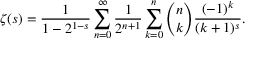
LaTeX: \zeta ( s ) = { \frac { 1 } { 1 - 2 ^ { 1 - s } } } \sum _ { n = 0 } ^ { \infty } { \frac { 1 } { 2 ^ { n + 1 } } } \sum _ { k = 0 } ^ { n } { \binom { n } { k } } { \frac { ( - 1 ) ^ { k } } { ( k + 1 ) ^ { s } } } .